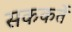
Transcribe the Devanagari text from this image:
सककर्ते